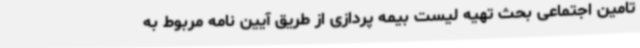
تامین اجتماعی بحث تهیه لیست بیمه پردازی از طریق آیین نامه مربوط به